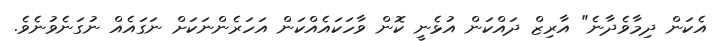
އެކަން ދިމާވެދާނެ" އާރިޒް ދައްކަން އުޅެނީ ކޮން ވާހަކައެއްކަން އަހަރެންނަކަށް ނަގައެއް ނުގަނެވުނެވެ.